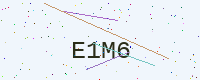
Text: E1M6